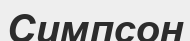
Симпсон